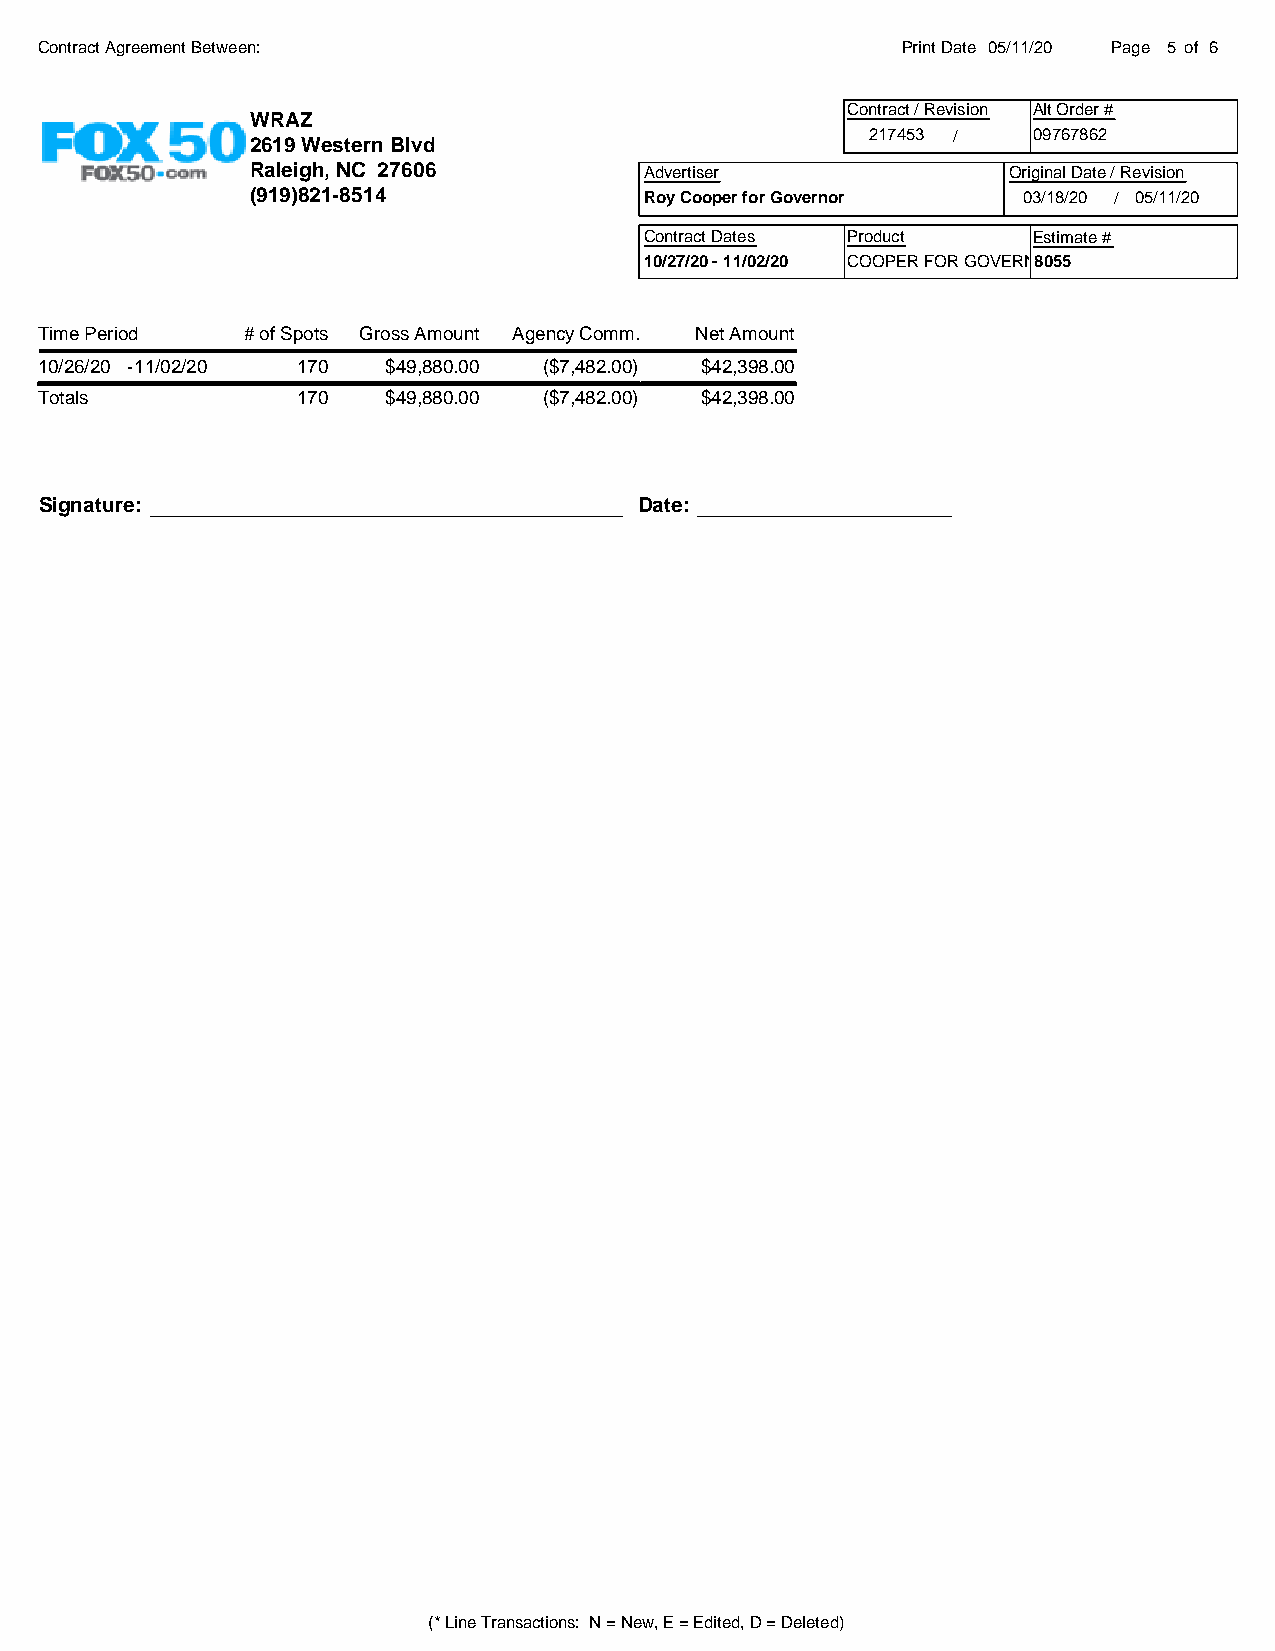
Contract Agreement Between:                               Print Date 05/11/20 Page 5 of 6
 Contract / Revision Alt Order #
 WRAZ
 217453 /  09767862
 2619 Western Blvd
 Raleigh, NC 27606         Advertiser              Original Date / Revision
 (919)821-8514             Roy Cooper for Governor  03/18/20 / 05/11/20
 Contract Dates Product   Estimate #
 10/27/20 - 11/02/20 COOPER FOR GOVERN8O0R55
 Time Period   # of Spots Gross Amount Agency Comm. Net Amount
 10/26/20 -11/02/20 170  $49,880.00 ($7,482.00) $42,398.00
 Totals            170   $49,880.00 ($7,482.00) $42,398.00
 Signature:                             Date:
 (* Line Transactions: N = New, E = Edited, D = Deleted)
 <powered by set in code>